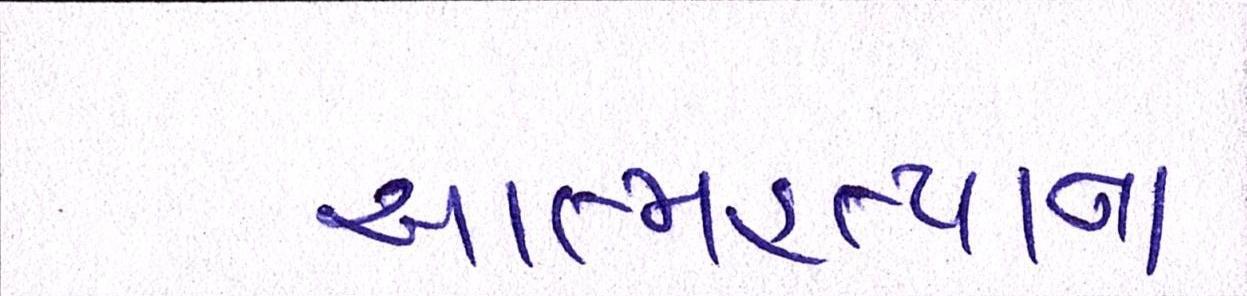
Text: આત્મહત્યાના